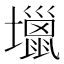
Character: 𡓍